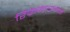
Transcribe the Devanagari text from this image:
रिफ्रेक्टराइज्ड